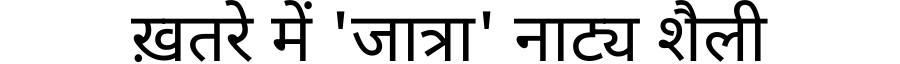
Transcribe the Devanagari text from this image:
ख़तरे में 'जात्रा' नाट्य शैली